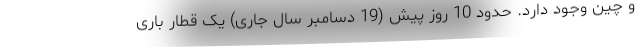
و چین وجود دارد. حدود 10 روز پیش (19 دسامبر سال جاری) یک قطار باری